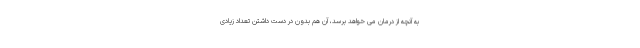
به آنچه از درمان می خواهد برسد، آن هم بدون در دست داشتن تعداد زیادی